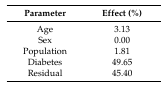
<table><thead><tr><td><b>Parameter</b></td><td><b>Effect (%)</b></td></tr></thead><tbody><tr><td>Age</td><td>3.13</td></tr><tr><td>Sex</td><td>0.00</td></tr><tr><td>Population</td><td>1.81</td></tr><tr><td>Diabetes</td><td>49.65</td></tr><tr><td>Residual</td><td>45.40</td></tr></tbody></table>